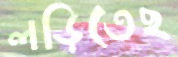
লড়িতেছ